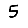
Digit: 5